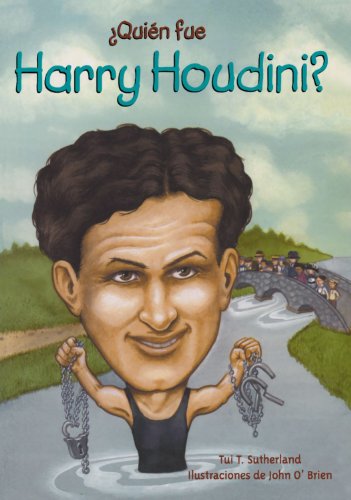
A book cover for Quien fue Harry Houdini? / Who Was Harry Houdini? (Spanish Edition); Tui T. Sutherland; Children's Books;